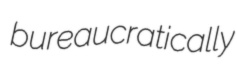
bureaucratically